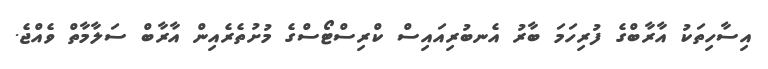
އިސާހިތަކު އާރާބްގެ ފުރިހަމަ ބާރު އެނބުރިއައިސް ކްރިސްޓޯސްގެ މުށުތެރެއިން އާރާބް ސަލާމާތް ވެއްޖެ.